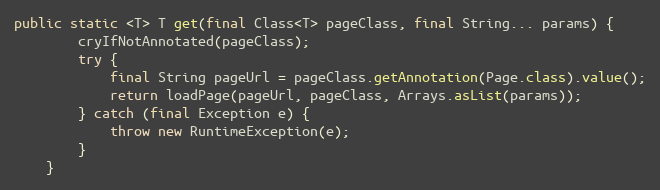
Language: Java
public static <T> T get(final Class<T> pageClass, final String... params) {
        cryIfNotAnnotated(pageClass);
        try {
            final String pageUrl = pageClass.getAnnotation(Page.class).value();
            return loadPage(pageUrl, pageClass, Arrays.asList(params));
        } catch (final Exception e) {
            throw new RuntimeException(e);
        }
    }